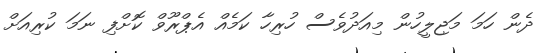
ދެން ހަމަ މަޖިލީހުން މިއަދުވެސް ހުރިހާ ކަމެއް އެޕްރޫވް ކޮށްފި ނަމަ ކުރިއަށް